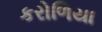
કરોળિયા